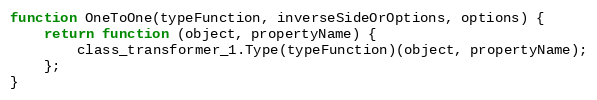
Language: JavaScript
function OneToOne(typeFunction, inverseSideOrOptions, options) {
    return function (object, propertyName) {
        class_transformer_1.Type(typeFunction)(object, propertyName);
    };
}